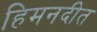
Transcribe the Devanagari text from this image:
हिमनदीत